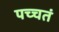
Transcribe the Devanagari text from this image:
पच्चतं